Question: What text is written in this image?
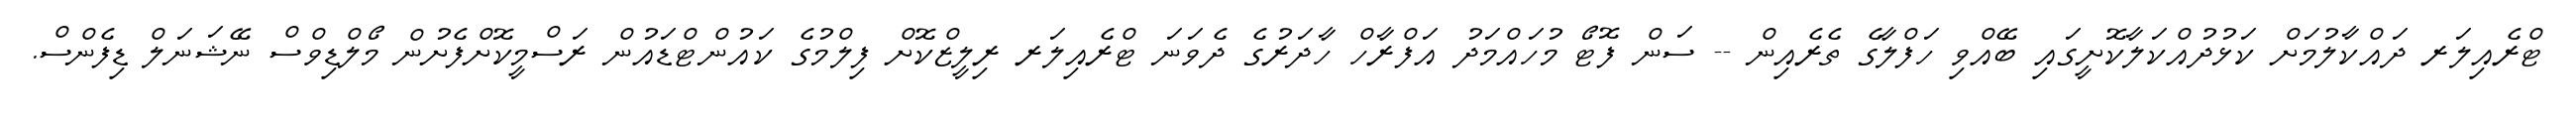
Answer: ޓްރެއިލަރ ދައްކާލުމަށް ކަޅުދުއްކަލާކޮށީގައި ބޭއްވި ހަފްލާގެ ތެރެއިން -- ސަން ފޮޓޯ މުހައްމަދު އަފްރާހް ހާދަރުގެ ދެވަނަ ޓްރެއިލަރ ރިލީޒްކޮށް ފިލްމުގެ ކައުންޓްޑައުން ރަސްމީކޮށްފެށުން މޯލްޑިވްސް ނޭޝަނަލް ޑިފެންސް.